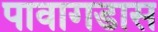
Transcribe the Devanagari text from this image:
पावागडास